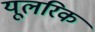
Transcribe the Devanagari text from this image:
यूलरिक